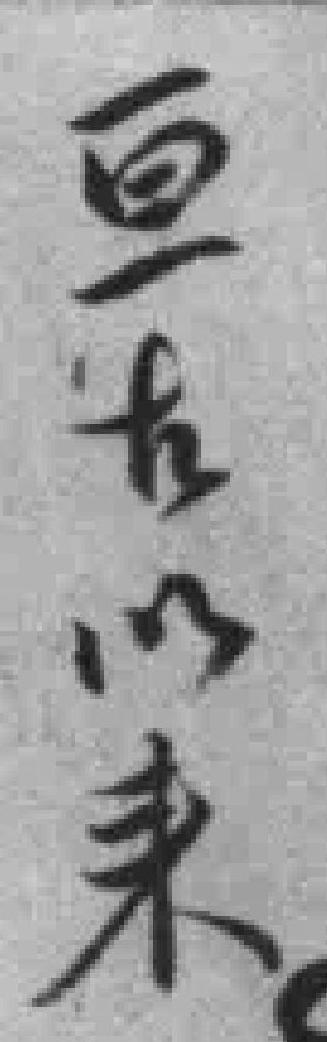
亘古以来